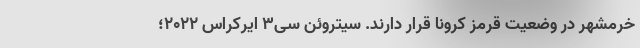
خرمشهر در وضعیت قرمز کرونا قرار دارند. سیتروئن سی3 ایرکراس 2022؛